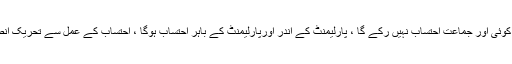
وزیراعظم عمران خان نے کہا کہ احتساب کا عمل کسی صورت نہیں رکے گا ، تحریک انصاف ہو یا کوئی اور جماعت احتساب نہیں رکے گا ، پارلیمنٹ کے اندر اورپارلیمنٹ کے باہر احتساب ہوگا ، احتساب کے عمل سے تحریک انصاف کا وزیر بھی نہیں بچ پائے گا ، وزیراعظم نے پارلیمانی پارٹی کو دورہ چین سے متعلق آگاہ کیا ۔